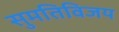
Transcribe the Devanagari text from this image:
सुमतिविजय